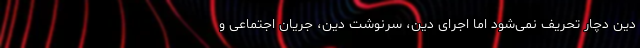
دین دچار تحریف نمی‌شود اما اجرای دین، سرنوشت دین، جریان اجتماعی و